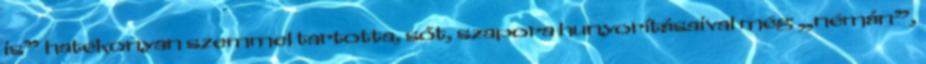
is” haté­konyan szemmel tartotta, sőt, szapora hunyorításaival még „né­mán”,